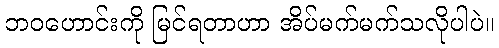
ဘဝဟောင်းကို မြင်ရတာဟာ အိပ်မက်မက်သလိုပါပဲ။